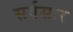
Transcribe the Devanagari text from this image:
सर्वसार